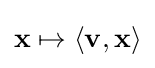
\mathbf {x} \mapsto \langle \mathbf {v} ,\mathbf {x} \rangle